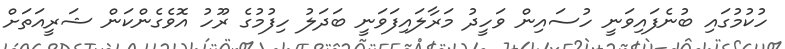
ހުކުމުގައި ބުނެފައިވަނީ ހުސައިން ވަހީދު މަރާލައިފަވަނީ ބަދަލު ހިފުމުގެ ރޫހު އޮވެގެންކަން ޝަރީއަތަށް